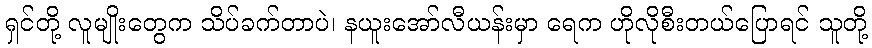
ရှင်တို့ လူမျိုးတွေက သိပ်ခက်တာပဲ၊ နယူးအော်လီယန်းမှာ ရေက ဟိုလိုစီးတယ်ပြောရင် သူတို့